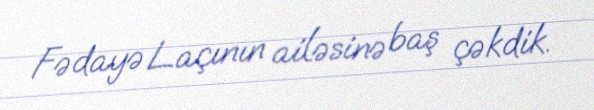
Fədayə Laçının ailəsinə baş çəkdik.